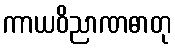
ကာယဝိညာဏဓာတု